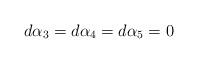
LaTeX: \begin{align*}d \alpha_3 = d \alpha_4 = d \alpha_5 = 0\end{align*}